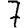
Digit: 7